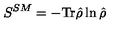
S ^ { S M } = - \mathrm { T r } \hat { \rho } \ln \hat { \rho }